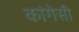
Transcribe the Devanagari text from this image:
कांगेसी